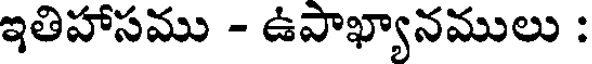
ఇతిహాసము - ఉపాఖ్యానములు :